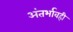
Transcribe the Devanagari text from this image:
अंतर्भावही